Civil Veterinary Dept. North-West Frontier Province 1901-22 - 1901-1922
Year: 1901
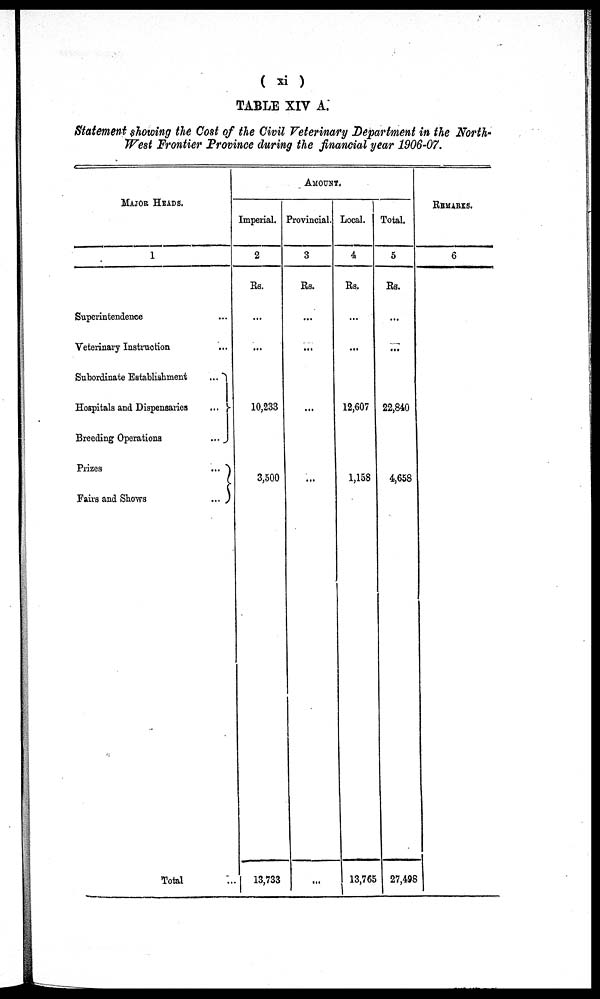
(xi)
TABLE XIV A.
Statement showing the Cost of the Civil Veterinary Department in the North-
West Frontier Province during the financial year 1906-07.
MAJOR HEADS.
1
Superintendence ...
Veterinary Instruction ...
Subordinate Establishment
...
Hospitals and Dispensaries
...
Breeding Operations
...
Prizes
...
Fairs and Shows
...
Total ...
AMOUNT.
Imperial.
2
Rs.
...
...
10,233
3,500
13,733
Provincial.
3
Rs.
...
...
...
...
...
Local.
4
Rs.
...
...
12,607
1,158
13,765
Total.
5
Rs.
...
...
22,840
4,658
27,498
REMARKS.
6